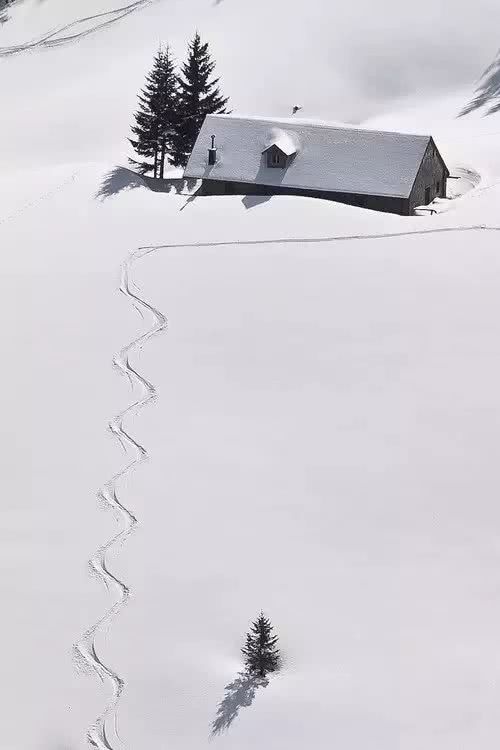
正蹇驴吟影，茶烟灶冷，酒亭门闭。